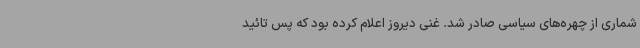
شماری از چهره‌های سیاسی صادر شد. غنی دیروز اعلام کرده بود که پس تائید